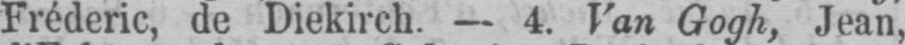
Fréderic, de Diekirch. - 4. Van Gogh, Jean,